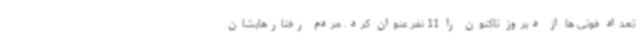
تعداد فوتی ها از دیروز تاکنون را 11 نفر عنوان کرد. مردم رفتارهایشان